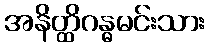
အနိတ္ထိဂန္ဓမင်းသား